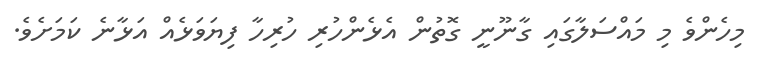
މިހެންވެ މި މައްސަލާގައި ގާނޫނީ ގޮތުން އެޅެންހުރި ހުރިހާ ފިޔަވަޅެއް އަޅާނެ ކަމަށެވެ.